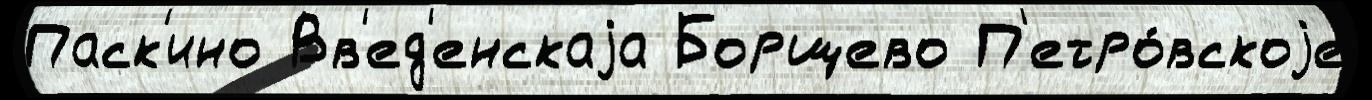
Паск'ино Вв'ед'енскаjа Борщево П'етро́вскоjе